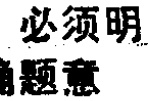
必须明\\确题意